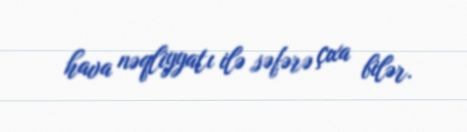
hava nəqliyyatı ilə səfərə çıxa bilər.